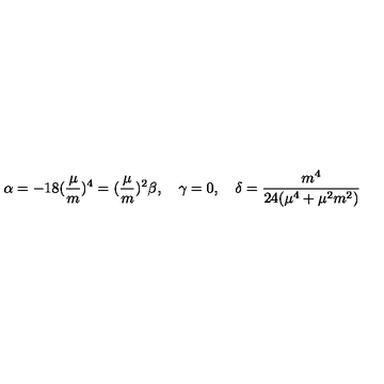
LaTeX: \alpha = - 1 8 ( \frac { \mu } { m } ) ^ { 4 } = ( \frac { \mu } { m } ) ^ { 2 } \beta , \quad \gamma = 0 , \quad \delta = \frac { m ^ { 4 } } { 2 4 ( \mu ^ { 4 } + \mu ^ { 2 } m ^ { 2 } ) }